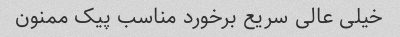
خیلی عالی سریع برخورد مناسب پیک ممنون